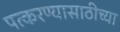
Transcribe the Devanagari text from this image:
पत्करण्यासाठीच्या